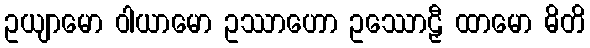
ဥယျာမော ဝါယာမော ဥဿာဟော ဥဿောဠှီ ထာမော ဓိတိ